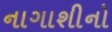
નાગાશીનો